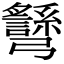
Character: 𢑉